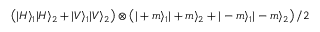
\left( | H \rangle _ { 1 } | H \rangle _ { 2 } + | V \rangle _ { 1 } | V \rangle _ { 2 } \right) \otimes \left( | + m \rangle _ { 1 } | + m \rangle _ { 2 } + | - m \rangle _ { 1 } | - m \rangle _ { 2 } \right) / 2